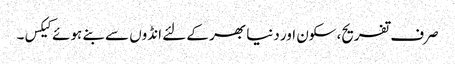
صرف تفریح، سکون اور دنیا بھر کے لئے انڈوں سے بنے ہوئے کیکس۔